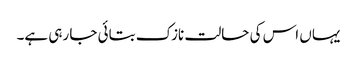
یہاں اس کی حالت نازک بتائی جا رہی ہے۔